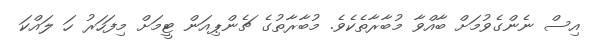
އިސް ނެންގެވުމަށް ބާއްވާ މުބާރާތެކެވެ. މުބާރާތުގެ ޗެންޕިއަން ޓީމަށް މިފަހަރު ހަ ލައްކަ